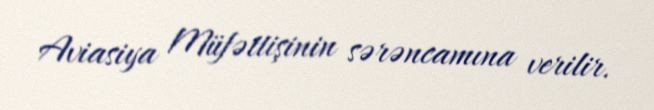
Aviasiya Müfəttişinin sərəncamına verilir.